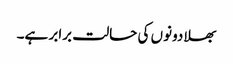
بھلا دونوں کی حالت برابر ہے۔